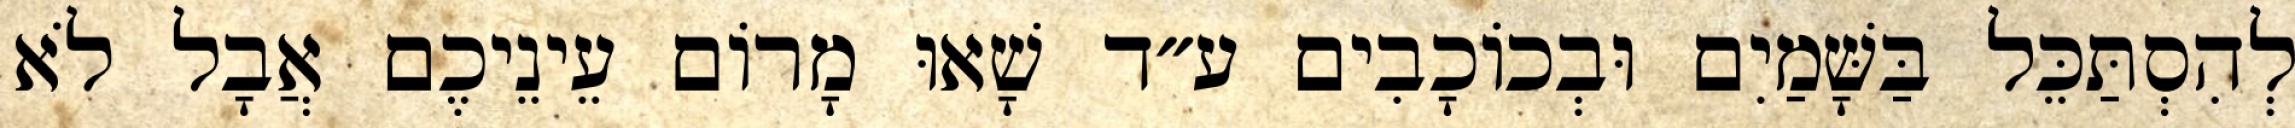
לְהִסְתַּכֵּל בַּשָּׁמַיִם וּבְכוֹכָבִים ע״ד שָׁאוּ מָרוֹם עֵינֵיכֶם אֲבָל לֹא